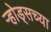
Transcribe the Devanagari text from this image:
ऱ्होड्सच्या